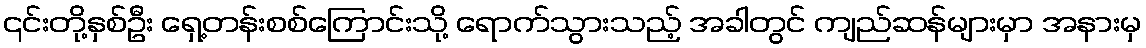
၎င်းတို့နှစ်ဦး ရှေ့တန်းစစ်ကြောင်းသို့ ရောက်သွားသည့် အခါတွင် ကျည်ဆန်များမှာ အနားမှ